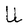
Character: U